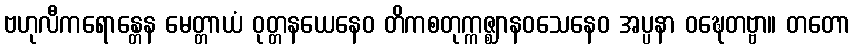
ဗဟုလီကရောန္တေန မေတ္တာယံ ဝုတ္တနယေနေဝ တိကစတုက္ကဇ္ဈာနဝသေနေဝ အပ္ပနာ ဝဍ္ဎေတဗ္ဗာ။ တတော